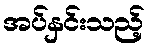
အပ်နှင်းသည့်